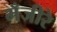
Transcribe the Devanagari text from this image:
मँजीरे